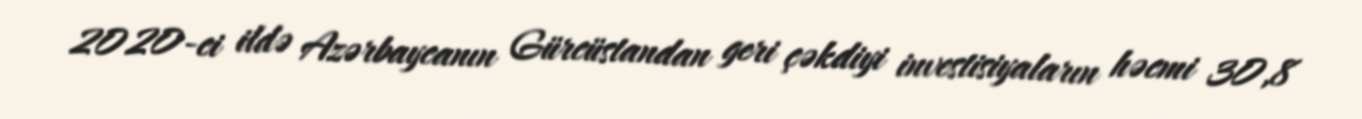
2020-ci ildə Azərbaycanın Gürcüstandan geri çəkdiyi investisiyaların həcmi 30,8